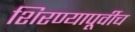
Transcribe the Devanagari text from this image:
शिरण्यापूर्वीच